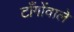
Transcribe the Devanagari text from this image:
टाँगोंवाले